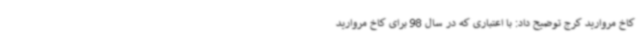
کاخ مروارید کرج توضیح داد: با اعتباری که در سال 98 برای کاخ مروارید